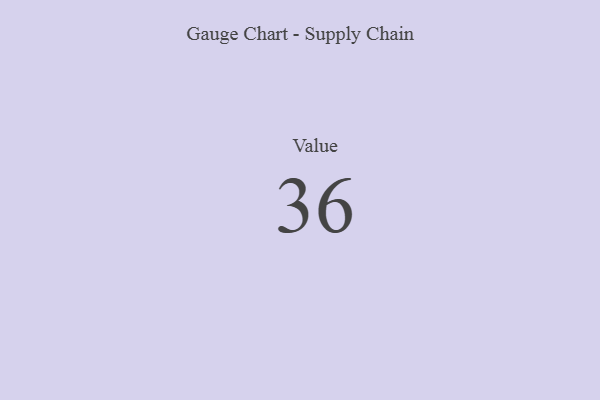
{"axis": {"x": "Metric", "y": "Value"}, "legend": [""], "data": [{"x": "Value", "y": 36, "type": ""}]}